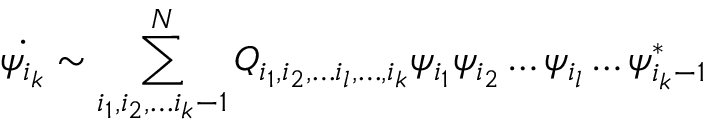
\dot { \psi _ { i _ { k } } } \sim \sum _ { i _ { 1 } , i _ { 2 } , \ldots i _ { k } - 1 } ^ { N } Q _ { i _ { 1 } , i _ { 2 } , \ldots i _ { l } , \ldots , i _ { k } } \psi _ { i _ { 1 } } \psi _ { i _ { 2 } } \ldots \psi _ { i _ { l } } \ldots \psi _ { i _ { k } - 1 } ^ { * }